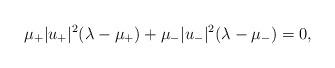
LaTeX: \begin{align*}\mu_{+}|u_{+}|^2(\lambda-\mu_{+})+\mu_{-}|u_{-}|^2(\lambda-\mu_{-})=0,\end{align*}